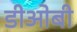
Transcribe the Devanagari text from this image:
डीओबी